Medical and sanitary report of the native army of Bengal for the year
Year: 1876
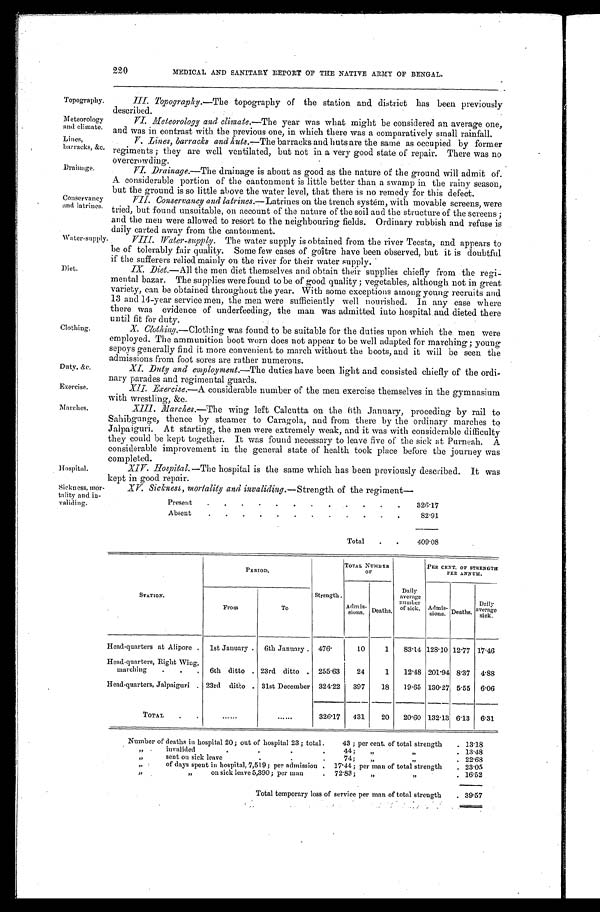
Topography.
Meteorology
and climate.
Lines,
barracks, &c.
Drainage.
Conservancy
and latrines.
Water-supply.
Diet.
Clothing.
Duty. &c.
Exercise.
Marches.
Hospital.
Sickness, mor-
tality and in-
validing.
220
MEDICAL AND SANITARY REPORT OF THE NATIVE ARMY OF BENGAL.
III. Topography.—The topography of the station and district has been previously
described.
VI. Meteorology and climate.—The year was what might be considered an average one,
and was in contrast with the previous one, in which there was a comparatively small rainfall.
V. Lines, barracks and huts.— The barracks and huts are the same as occupied by former
regiments ; they are well ventilated, but not in a very good state of repair. There was no
overcrowding.
VI. Drainage.—The drainage is about as good as the nature of the ground will admit of.
A considerable portion of the cantonment is little better than a swamp in the rainy season,
but the ground is so little above the water level, that there is no remedy for this defect.
VII. Conservancy and latrines. —Latrines on the trench system, with movable screens, were
tried, but found unsuitable, on account of the nature of the soil and the structure of the screens;
and the men were allowed to resort to the neighbouring fields. Ordinary rubbish and refuse is
daily carted away from the cantonment.
VIII.
Water-supply. The water supply is obtained from the river Teesta, and appears to
be of tolerably fair quality. Some few cases of goître have been observed, but it is doubtful
if the sufferers relied mainly on the river for their water supply.
IX. Diet.— A11 the men diet themselves and obtain their supplies chiefly from the regi-
mental bazar. The supplies were found to be of good quality; vegetables, although not in great
variety, can be obtained throughout the year. With some exceptions among young recruits and
13 and 14-year service men, the men were sufficiently well nourished. In any case where
there was evidence of underfeeding, the man was admitted into hospital.and dieted there
until fit for duty.
X. Clothing. —Clothing was found to be suitable for the duties upon which the men were
employed. The ammunition boot worn does not appear to be well adapted for marching; young
sepoys generally find it more convenient to march without the boots, and it will be seen the
admissions from foot sores are rather numerous.
XI. Duty and enployment. —The duties have been light and consisted chiefly of the ordi-
nary parades and regimental guards.
X//. Exercise.—A considerable number of the men exercise themselves in the gymnasium
with wrestling, &c.
XIII. Marches.—The wing left Calcutta on the 6th January, proceding by rail to
Sahibgunge, thence by steamer to Caragola, and from there by the ordinary marches to
Jalpaiguri. At starting, the men were extremely weak, and it was with considerable difficulty
they could be kept together. It was found necessary to leave five of the sick at Purneah. A
considerable improvement in the general state of health took place before the journey was
completed.
X I V . H o s p i t a l . —
T h e
h o s p i t a l i s t h e s a m e w h i c h h a s b e e n p r e v i o u s l y d e s c r i b e d . I t w a s
kept in good repair.
XV. Sickness , mortality and invaliding. —Strength of the regiment-
Present
326.17
Absent
82.91
Total
409.08
STATION.
PERIOD.
Strength.
TOTAL NUMBER
OF
Daily
average
number
of sick.
PER CENT. OF STRENGTH
P E R A N N U M .
From
To
Admis-
sions. Deaths.
Admis-
sions. Deaths.
Daily
average
sick.
Head-quarters at Alipore
1st January
6th January
476.
10
1
83.14 128.10 12.77 17.46
Head-quarters, Right Wing,
marching
6th ditto
23rd ditto
255.63
24
1
12.48 201.94 8.37 4. 88
Head-quarters, Jalpaiguri. 23rd ditto
31st December 324.22 397
18
19.65 130.27 5.55 6.06
TOTAL
. . .
. . . 326.17 431
20
20.60 132.13 6.13 6.31
Number of deaths ill hospital 20; out of hospital 23 ; total. 43 ; per cent. of total strength
13.18
, , i n v a l i d e d 4 4 ; , , , ,
13.48
,, sent on sick leave 74 ; ,, ,,
22.68
,, of days spent in hospital, 7,519 ; per admission.17.44 ; per man of total strength
23.05
,, ,, on sick leave 5,390 ; per man. 72.83 ; ,, ,,
16.52
Total temporary loss of service per man of total strength
39.57